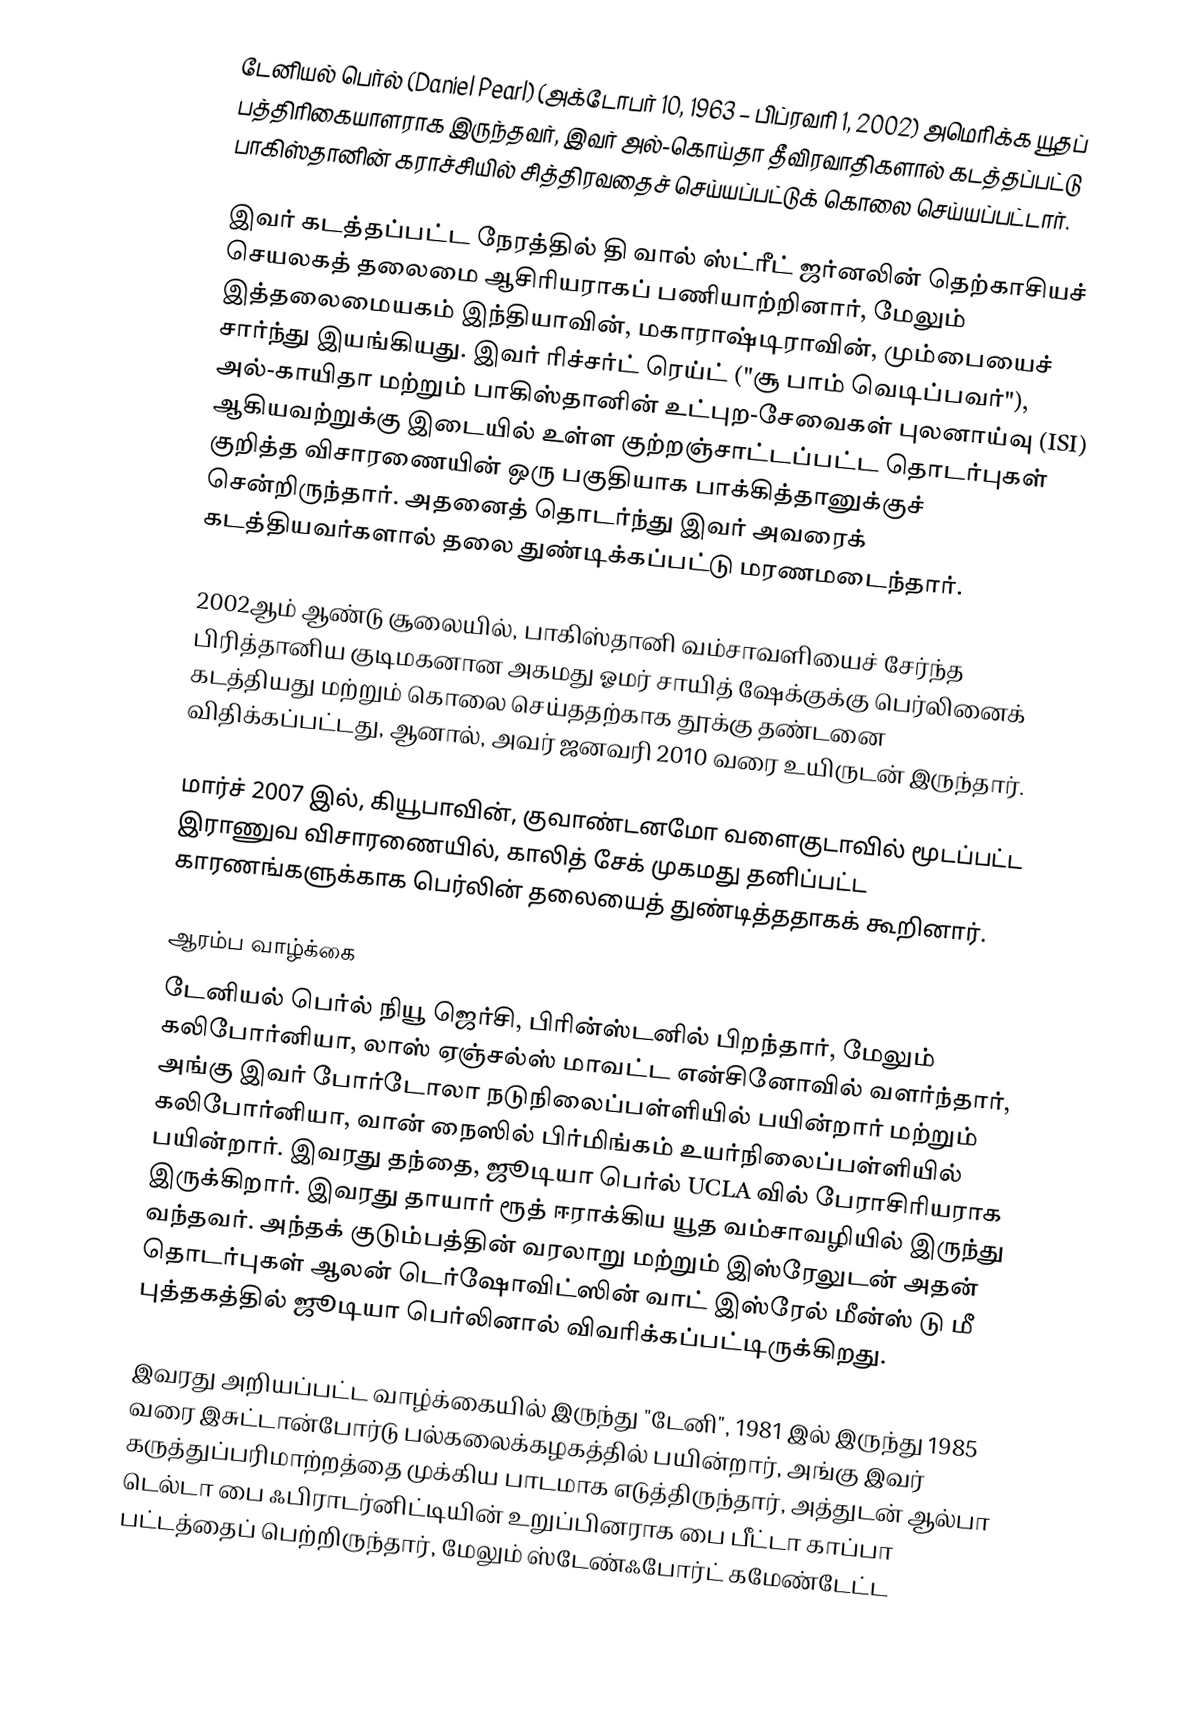
டேனியல் பெர்ல் (Daniel Pearl)  (அக்டோபர் 10, 1963 – பிப்ரவரி 1, 2002) அமெரிக்க யூதப் பத்திரிகையாளராக இருந்தவர், இவர் அல்-கொய்தா தீவிரவாதிகளால் கடத்தப்பட்டு பாகிஸ்தானின் கராச்சியில் சித்திரவதைச் செய்யப்பட்டுக் கொலை செய்யப்பட்டார்.

இவர் கடத்தப்பட்ட நேரத்தில் தி வால் ஸ்ட்ரீட் ஜர்னலின்  தெற்காசியச் செயலகத் தலைமை ஆசிரியராகப் பணியாற்றினார்,  மேலும் இத்தலைமையகம் இந்தியாவின், மகாராஷ்டிராவின், மும்பையைச் சார்ந்து இயங்கியது. இவர் ரிச்சர்ட் ரெய்ட் ("சூ பாம் வெடிப்பவர்"), அல்-காயிதா மற்றும் பாகிஸ்தானின் உட்புற-சேவைகள் புலனாய்வு (ISI) ஆகியவற்றுக்கு இடையில் உள்ள குற்றஞ்சாட்டப்பட்ட தொடர்புகள் குறித்த விசாரணையின் ஒரு பகுதியாக பாக்கித்தானுக்குச் சென்றிருந்தார். அதனைத் தொடர்ந்து இவர் அவரைக் கடத்தியவர்களால் தலை துண்டிக்கப்பட்டு மரணமடைந்தார்.

2002ஆம் ஆண்டு சூலையில், பாகிஸ்தானி வம்சாவளியைச் சேர்ந்த பிரித்தானிய குடிமகனான அகமது ஓமர் சாயித் ஷேக்குக்கு பெர்லினைக் கடத்தியது மற்றும் கொலை செய்ததற்காக தூக்கு தண்டனை விதிக்கப்பட்டது, ஆனால், அவர் ஜனவரி 2010 வரை உயிருடன் இருந்தார்.

மார்ச் 2007 இல், கியூபாவின், குவாண்டனமோ வளைகுடாவில் மூடப்பட்ட இராணுவ விசாரணையில், காலித் சேக் முகமது தனிப்பட்ட காரணங்களுக்காக பெர்லின் தலையைத் துண்டித்ததாகக் கூறினார்.

ஆரம்ப வாழ்க்கை
டேனியல் பெர்ல் நியூ ஜெர்சி, பிரின்ஸ்டனில் பிறந்தார், மேலும் கலிபோர்னியா, லாஸ் ஏஞ்சல்ஸ் மாவட்ட என்சினோவில் வளர்ந்தார், அங்கு இவர் போர்டோலா நடுநிலைப்பள்ளியில் பயின்றார் மற்றும் கலிபோர்னியா, வான் நைஸில் பிர்மிங்கம் உயர்நிலைப்பள்ளியில் பயின்றார். இவரது தந்தை, ஜூடியா பெர்ல் UCLA வில் பேராசிரியராக இருக்கிறார். இவரது தாயார் ரூத் ஈராக்கிய யூத வம்சாவழியில் இருந்து வந்தவர். அந்தக் குடும்பத்தின் வரலாறு மற்றும் இஸ்ரேலுடன் அதன் தொடர்புகள் ஆலன் டெர்ஷோவிட்ஸின் வாட் இஸ்ரேல் மீன்ஸ் டு மீ  புத்தகத்தில் ஜூடியா பெர்லினால் விவரிக்கப்பட்டிருக்கிறது.

இவரது அறியப்பட்ட வாழ்க்கையில் இருந்து "டேனி", 1981 இல் இருந்து 1985 வரை இசுட்டான்போர்டு பல்கலைக்கழகத்தில் பயின்றார், அங்கு இவர் கருத்துப்பரிமாற்றத்தை முக்கிய பாடமாக எடுத்திருந்தார், அத்துடன் ஆல்பா டெல்டா பை ஃபிராடர்னிட்டியின் உறுப்பினராக பை பீட்டா காப்பா பட்டத்தைப் பெற்றிருந்தார், மேலும் ஸ்டேண்ஃபோர்ட் கமேண்டேட்ட